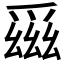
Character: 𪺕